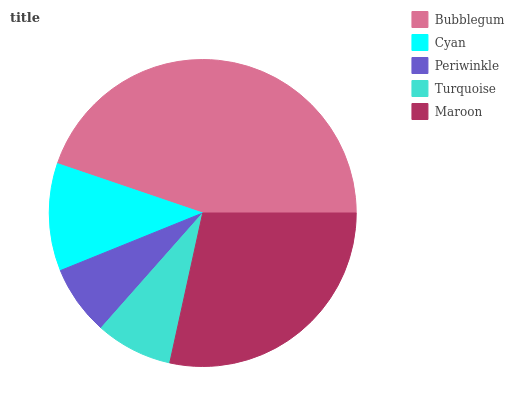
| Bubblegum | Cyan | Periwinkle | Turquoise | Maroon |
 | --- | --- | --- | --- | --- |
 | 44.7% | 11.3% | 7.35% | 8.09% | 28.5% |